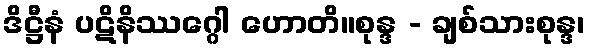
ဒိဋ္ဌီနံ ပဋိနိဿဂ္ဂေါ ဟောတိ။စုန္ဒ - ချစ်သားစုန္ဒ၊